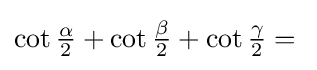
{\textstyle \cot {\tfrac {\alpha }{2}}+\cot {\tfrac {\beta }{2}}+\cot {\tfrac {\gamma }{2}}={}}